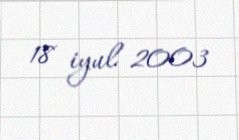
18 iyul 2003